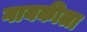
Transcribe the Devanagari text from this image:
गायकीला